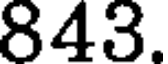
843.